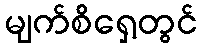
မျက်စိရှေ့တွင်